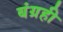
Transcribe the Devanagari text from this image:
बंग्रही